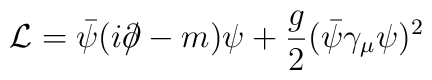
{\cal L}= \bar \psi( i\partial \! \!\! /-m)\psi +\frac{g}{2}(\bar \psi \gamma_{\mu} \psi )^2